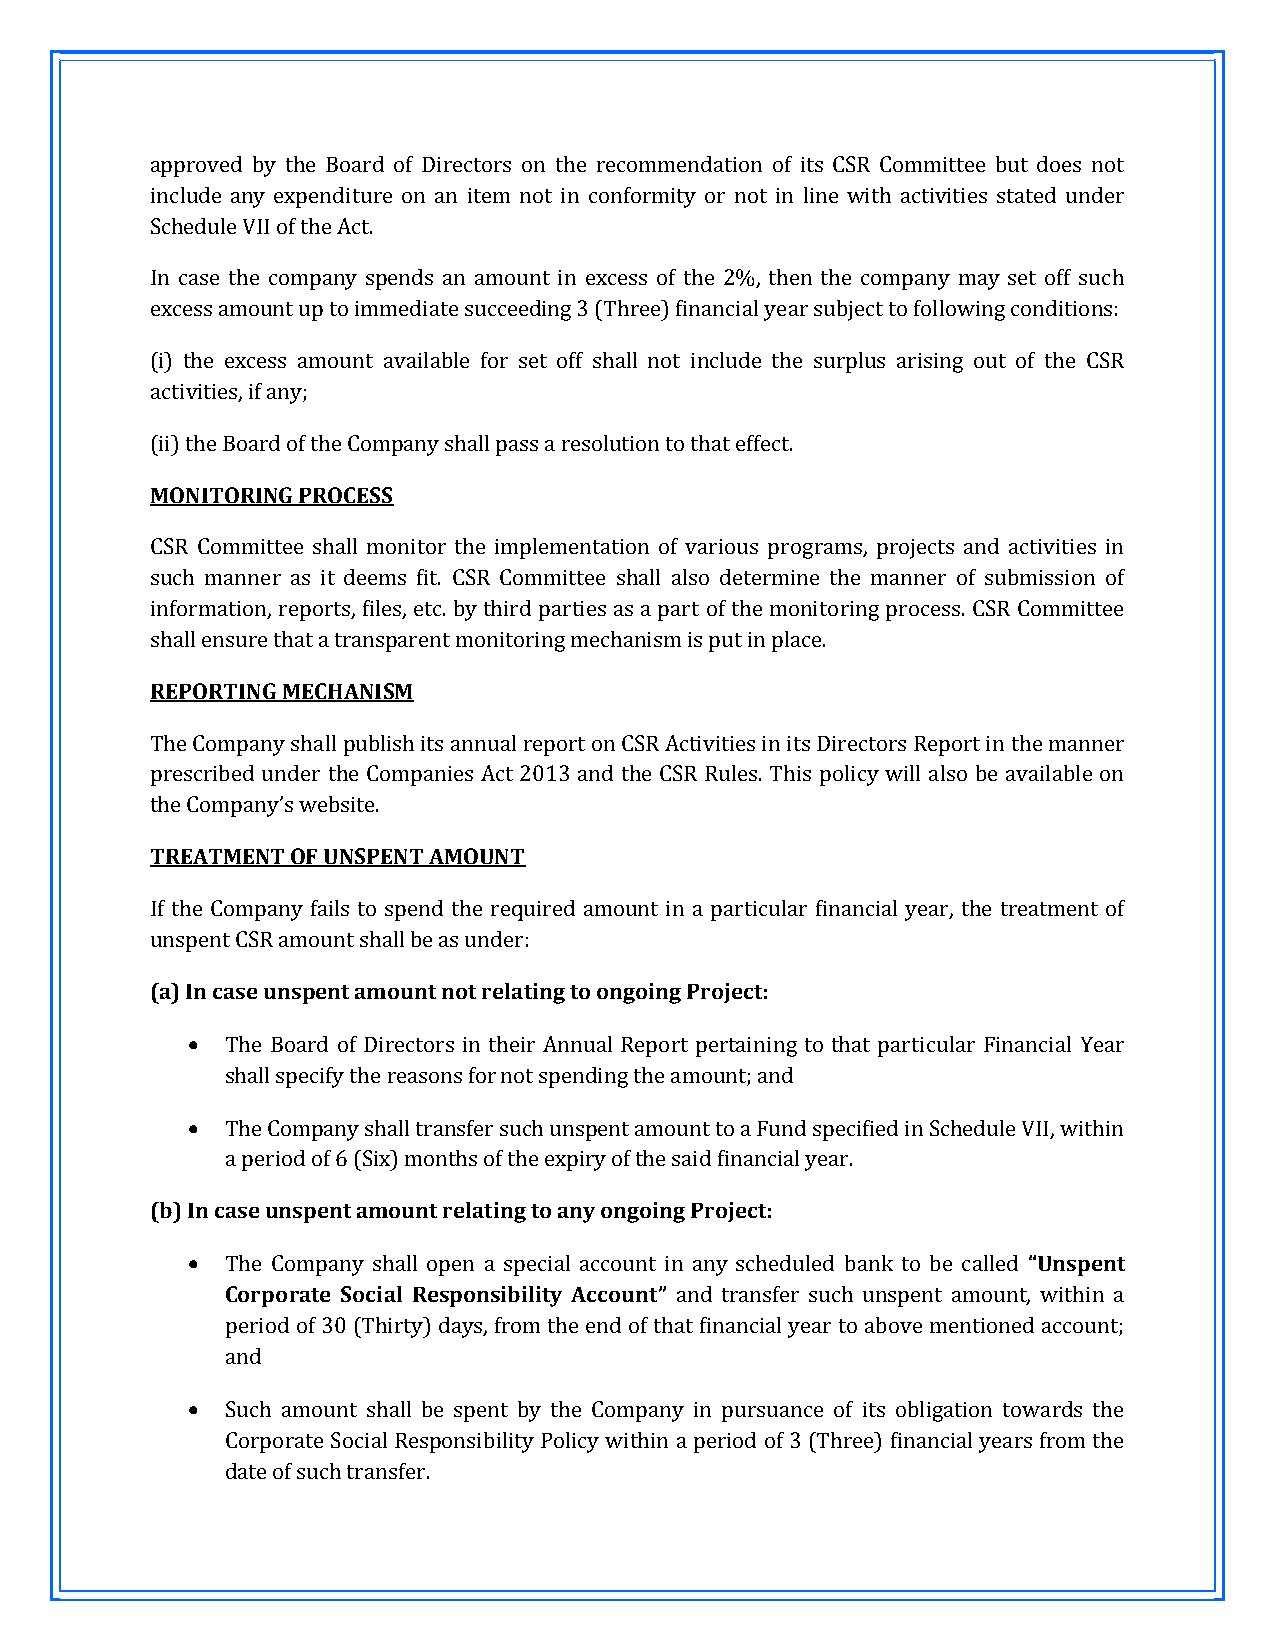
approved by the Board of Directors on the recommendation of its CSR Committee but does not
 include any expenditure on an item not in conformity or not in line with activities stated under
 Schedule VII of the Act.
 In case the company spends an amount in excess of the 2%, then the company may set off such
 excess amount up to immediate succeeding 3 (Three) financial year subject to following conditions:
 (i) the excess amount available for set off shall not include the surplus arising out of the CSR
 activities, if any;
 (ii) the Board of the Company shall pass a resolution to that effect.
 MONITORING PROCESS
 CSR Committee shall monitor the implementation of various programs, projects and activities in
 such manner as it deems fit. CSR Committee shall also determine the manner of submission of
 information, reports, files, etc. by third parties as a part of the monitoring process. CSR Committee
 shall ensure that a transparent monitoring mechanism is put in place.
 REPORTING MECHANISM
 The Company shall publish its annual report on CSR Activities in its Directors Report in the manner
 prescribed under the Companies Act 2013 and the CSR Rules. This policy will also be available on
 the Company’s website.
 TREATMENT OF UNSPENT AMOUNT
 If the Company fails to spend the required amount in a particular financial year, the treatment of
 unspent CSR amount shall be as under:
 (a) In case unspent amount not relating to ongoing Project:
   The Board of Directors in their Annual Report pertaining to that particular Financial Year
 shall specify the reasons for not spending the amount; and
   The Company shall transfer such unspent amount to a Fund specified in Schedule VII, within
 a period of 6 (Six) months of the expiry of the said financial year.
 (b) In case unspent amount relating to any ongoing Project:
   The Company shall open a special account in any scheduled bank to be called “Unspent
 Corporate Social Responsibility Account” and transfer such unspent amount, within a
 period of 30 (Thirty) days, from the end of that financial year to above mentioned account;
 and
   Such amount shall be spent by the Company in pursuance of its obligation towards the
 Corporate Social Responsibility Policy within a period of 3 (Three) financial years from the
 date of such transfer.